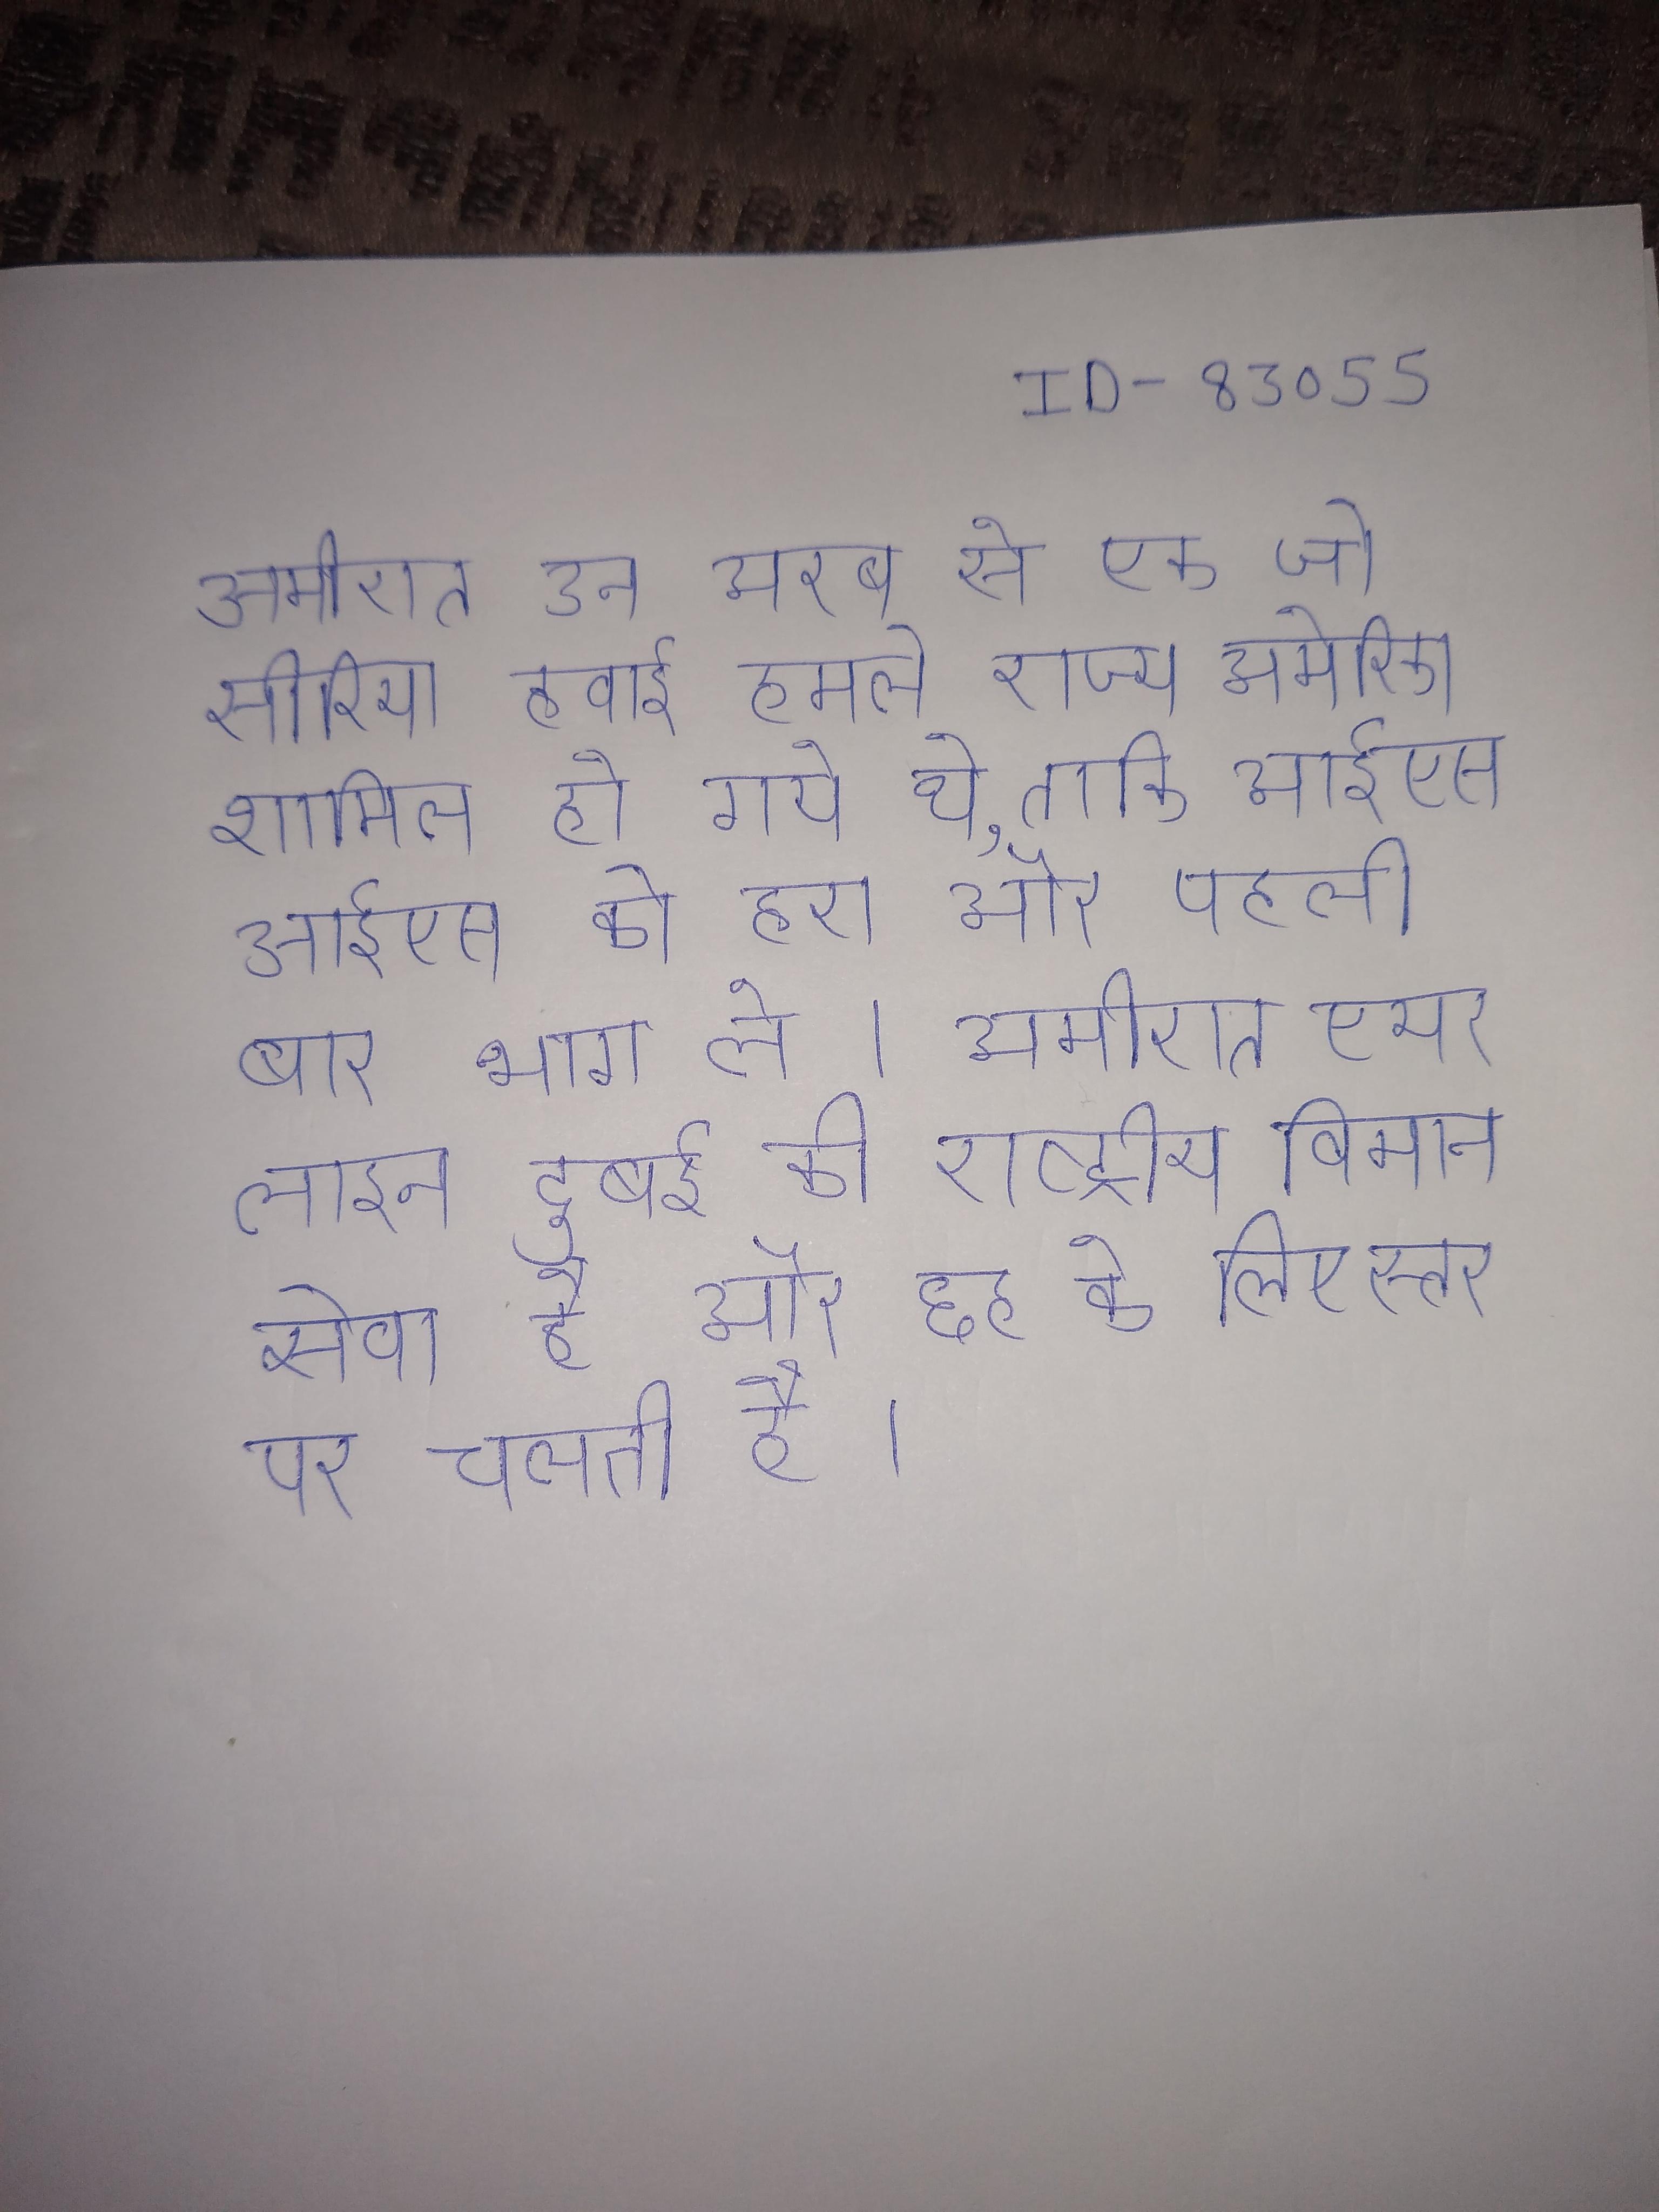
अमीरात उन अरब से एक जो सीरिया हवाई हमले राज्य अमेरिका शामिल हो गए थे, ताकि आईएसआईएस को हरा और पहली बार भाग ले । अमीरात एयरलाइन दुबई की राष्ट्रीय विमान सेवा है और छह के के लिए स्तर पर चलती है ।